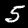
Label: 5